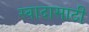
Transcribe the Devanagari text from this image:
स्वादासाठी